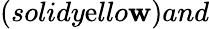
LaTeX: (solidy\mathrm{e}llo\mathbf{w})and